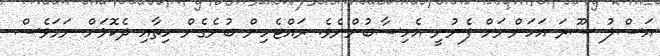
އަސްލު ސޫރަ އަހަންނަށް ފެނުނީ އެހިސާބުންނެވެ. ރައްޓެހިން ބުނެގެން ހިތާއި ދެކޮޅަށް ނަމަވެސް